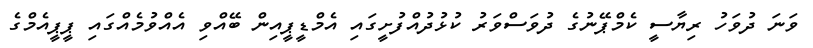
ވަނަ ދުވަހު ރިޔާސީ ކެމްޕޭނުގެ ދުވަސްވަރު ކުޅުދުއްފުށީގައި އެމްޑީޕީއިން ބޭއްވި އެއްވުމެއްގައި ޕީޕީއެމްގެ